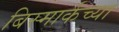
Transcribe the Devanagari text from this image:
बिस्मार्कच्या